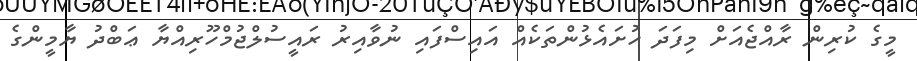
މީގެ ކުރިން ރާއްޖެއަށް މިފަދަ ހުށައެޅުންތަކެއް އައިސްފައި ނުވާއިރު ރައީސުލްޖުމްހޫރިއްޔާ ޢަބްދު ޔާމީންގެ